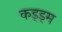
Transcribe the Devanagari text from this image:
कड्ड्म